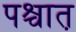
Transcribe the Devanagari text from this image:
पश्चात़